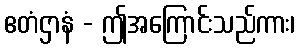
ဧတံဌာနံ - ဤအကြောင်းသည်ကား၊